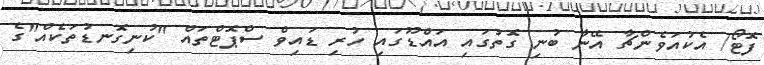
ފޮޓޯ/ އެކުއަވެންޗާ އޭނާ ބުނި ގޮތުގައި އައްޑޫގައި ހުރި ޑައިވް ސްޕޮޓްތައް "ކުނިގޮނޑުތަކެއް"ގެ